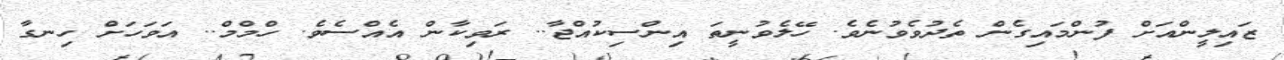
ޒައިލީންއަށް ފުންމައިގެން ތެދުވެވުނެވެ. ހޭލެވުނީތަ އިންސިކުއްޖާ.. ރަވިކާން އެއްސެވެ. ހްމްމް.. އަވަހަށް ހިނގާ